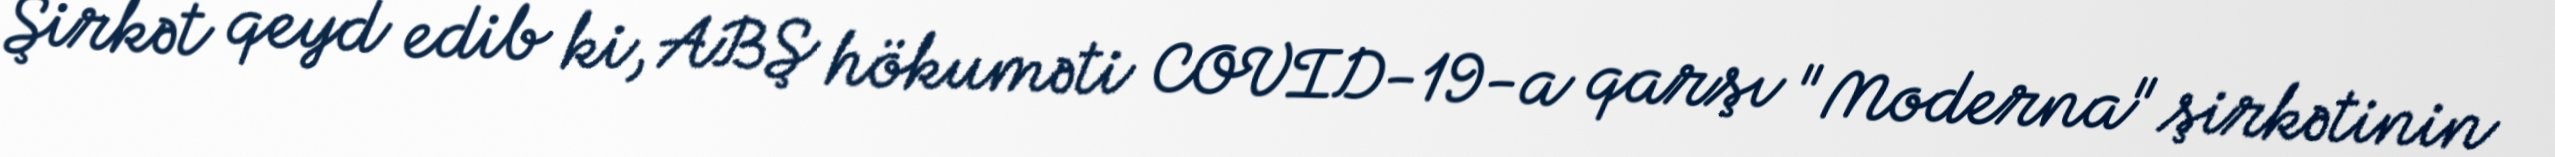
Şirkət qeyd edib ki, ABŞ hökuməti COVID-19-a qarşı "Moderna" şirkətinin